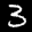
Label: 3